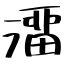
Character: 澑